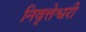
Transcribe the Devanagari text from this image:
निवृत्तेश्वरी